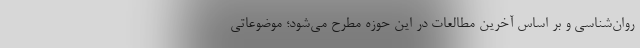
روان‌شناسی و بر اساس آخرین مطالعات در این حوزه مطرح می‌شود؛ موضوعاتی